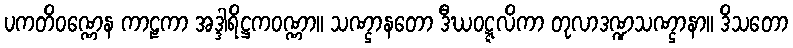
ပကတိဝဏ္ဏေန ကာဠကာ အဒ္ဒါရိဋ္ဌကဝဏ္ဏာ။ သဏ္ဌာနတော ဒီဃဝဋ္ဋလိကာ တုလာဒဏ္ဍသဏ္ဌာနာ။ ဒိသတော